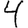
Digit: 4